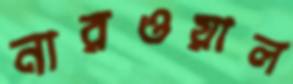
নারওয়াল